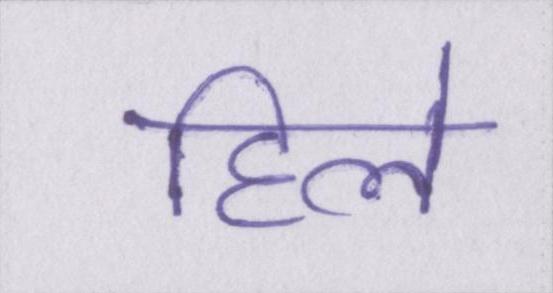
हिले